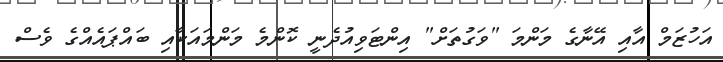
އަހުޒަމް އާއި އޭނާގެ މަންމަ "ވަގުތަށް" އިންޓަވިއުދެނީ ކޮންމެ މަންމައަކާއި ބައްޕައެއްގެ ވެސް